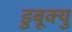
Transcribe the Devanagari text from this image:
डुबूक्यु